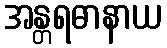
အန္တရဓာနာယ